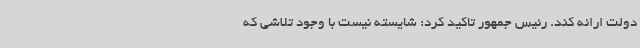
دولت ارائه کند. رئیس جمهور تاکید کرد: شایسته نیست با وجود تلاشی که